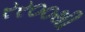
રર૦૦થી